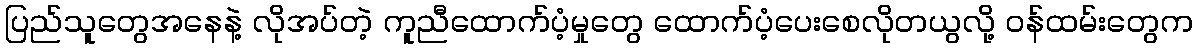
ပြည်သူတွေအနေနဲ့ လိုအပ်တဲ့ ကူညီထောက်ပံ့မှုတွေ ထောက်ပံ့ပေးစေလိုတယွလို့ ၀န်ထမ်းတွေက